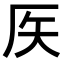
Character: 𥎦